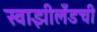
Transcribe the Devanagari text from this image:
स्वाझीलँडची